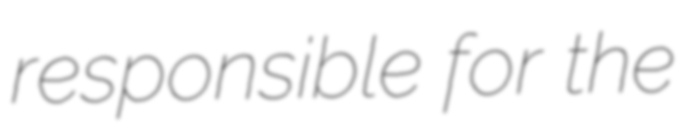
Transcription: responsible for the